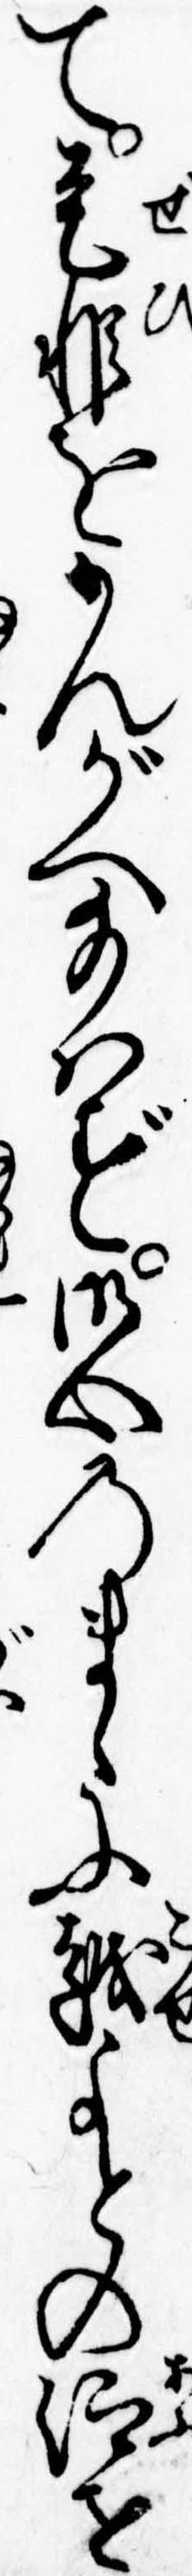
て是非をかんがへ給はず御心のまゝに越よとの仰せ